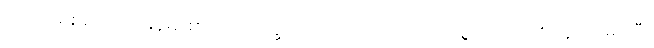
ပက်ထရစ်ရှာဟာ မြန်မာစာ ပါမောက္ခ ဒေါက်တာလှဘေကို သူ့ဖခင်လို အထူးခင်မင်ပြီး